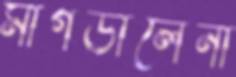
মাগডালেনা